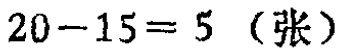
\(20 - 15 = 5 \ (\text{张})\)